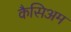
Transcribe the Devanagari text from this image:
कैसिअम